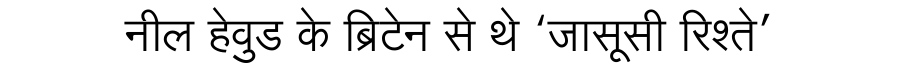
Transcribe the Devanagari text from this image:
नील हेवुड के ब्रिटेन से थे ‘जासूसी रिश्ते’